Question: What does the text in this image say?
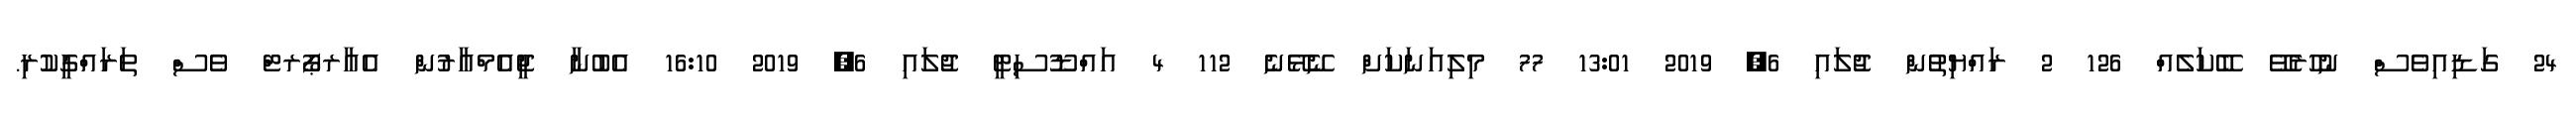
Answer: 24 ގަޑިއިވެސް ނުހުރެވޭ ބޭކަލެއް 126 2 ރައްޔިތުން ޖުލައި 6, 2019 13:01 77 މިލިއަނަކަށް ނޭޅޭނެ 112 4 އައްޑޫސިޓީ ޖުލައި 6, 2019 16:10 އެބުނާ ޖީއެމްއާރުން އެއާރޕޯރޓް ވެސް ތަރައްގީކުރި.